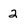
Character: 2